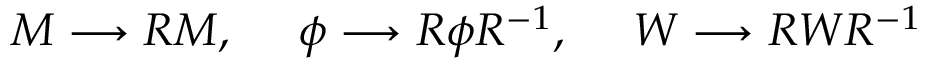
M \longrightarrow R M , ~ ~ ~ ~ \phi \longrightarrow R \phi R ^ { - 1 } , ~ ~ ~ ~ W \longrightarrow R W R ^ { - 1 }